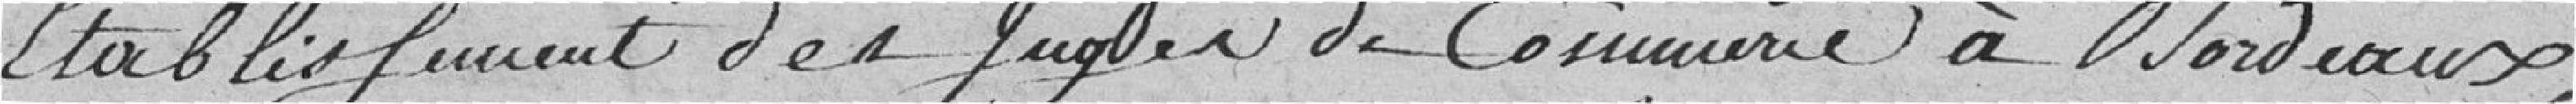
Etablissement des Juges de commerce à Bordeaux,